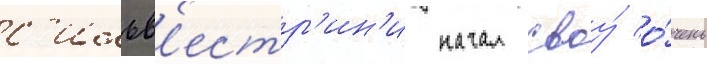
с'ильв'естр'ин'и начал своу́ о́чень